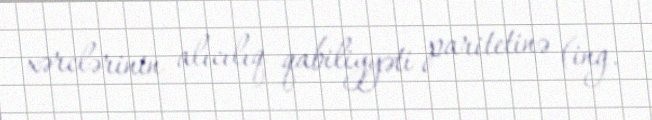
xərclərinin alıcılıq qabiliyyəti paritetinə (ing.